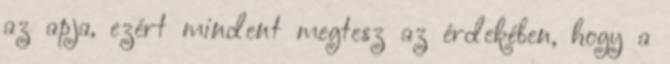
az apja, ezért mindent megtesz az érdekében, hogy a